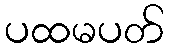
ပထမပတ်